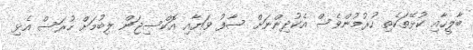
ބާލީހާއި ކުޅޭތަކެތި ހުރުމުންވެސް އެކުދިންނަށް ސާފު ވަޔާއި އޮކްސިޖަން ލިބުމަށް ހުރަސް އެޅި